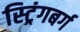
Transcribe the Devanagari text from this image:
स्ट्रिंगबर्ग